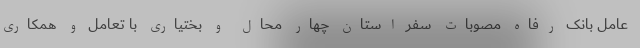
عامل بانک رفاه مصوبات سفر استان چهار محال و بختیاری با تعامل و همکاری